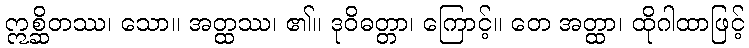
ဣစ္ဆိတဿ၊ သော။ အတ္ထဿ၊ ၏။ ဒုဝိဓတ္တာ၊ ကြောင့်။ တေ အတ္ထာ၊ ထိုဂါထာဖြင့်